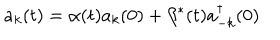
a _ { k } ( t ) = \alpha ( t ) a _ { k } ( 0 ) + \beta ^ { * } ( t ) a _ { - k } ^ { \dagger } ( 0 )